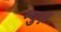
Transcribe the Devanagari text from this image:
म्युज़